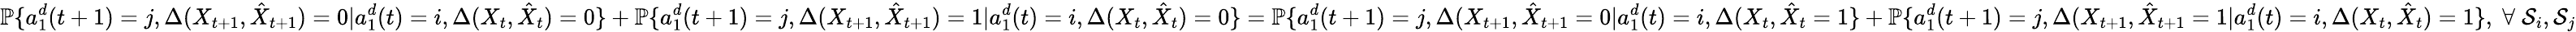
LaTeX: \mathbb{P}\{ a_{1}^{d}(t+1)=j,\Delta(X_{t+1},\hat{X}_{t+1})=0|a_{1}^{d}(t)=i,\Delta(X_{t},\hat{X}_{t})=0\} +\mathbb{P}\{ a_{1}^{d}(t+1)=j,\Delta(X_{t+1},\hat{X}_{t+1})=1|a_{1}^{d}(t)=i,\Delta(X_{t},\hat{X}_{t})=0\} =\mathbb{P}\{ a_{1}^{d}(t+1)=j,\Delta(X_{t+1},\hat{X}_{t+1}=0|a_{1}^{d}(t)=i,\Delta(X_{t},\hat{X}_{t}=1\} +\mathbb{P}\{ a_{1}^{d}(t+1)=j,\Delta(X_{t+1},\hat{X}_{t+1}=1|a_{1}^{d}(t)=i,\Delta(X_{t},\hat{X}_{t})=1\} ,\; \forall\; \mathcal{S}_{i},\mathcal{S}_{j}